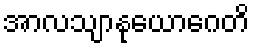
အာလသျာနုယောဂေတိ